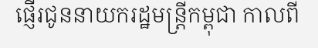
ផ្ញើរជូននាយករដ្ឋមន្ត្រីកម្ពុជា កាលពី